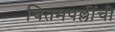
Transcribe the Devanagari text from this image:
चितमपल्लींची